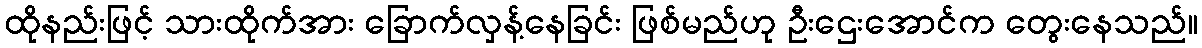
ထိုနည်းဖြင့် သားထိုက်အား ခြောက်လှန့်နေခြင်း ဖြစ်မည်ဟု ဦးဌေးအောင်က တွေးနေသည်။